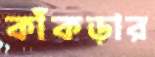
কাঁকড়ার